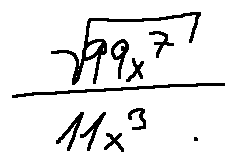
\frac { \sqrt { 9 9 x ^ { 7 } } } { 1 1 x ^ { 3 } }